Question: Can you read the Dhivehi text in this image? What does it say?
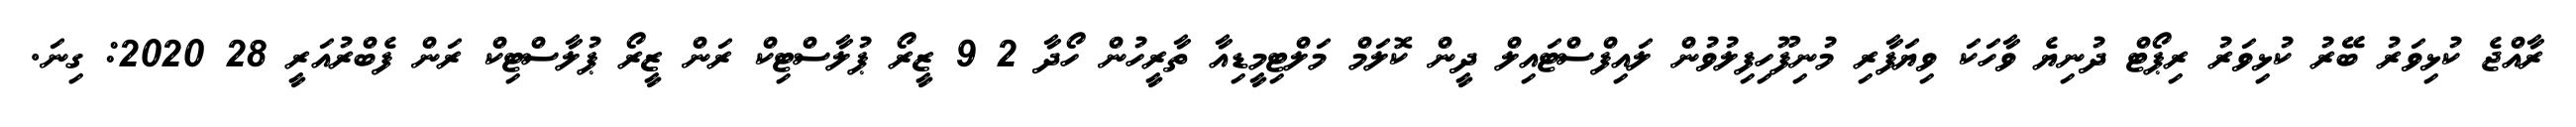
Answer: ރާއްޖެ ކުޅިވަރު ބޭރު ކުޅިވަރު ރިޕޯޓް ދުނިޔެ ވާހަކަ ވިޔަފާރި މުނިފޫހިފިލުވުން ލައިފްސްޓައިލް ދީން ކޮލަމް މަލްޓިމީޑިއާ ތާރީހުން ހޯދާ 2 9 ޒީރޯ ޕުލާސްޓިކް ރަން ޒީރޯ ޕުލާސްޓިކް ރަން ފެބްރުއަރީ 28 2020: ގިނަ.